Annual administration report of the Civil Veterinary Department of India - 1893-1894
Year: 1893
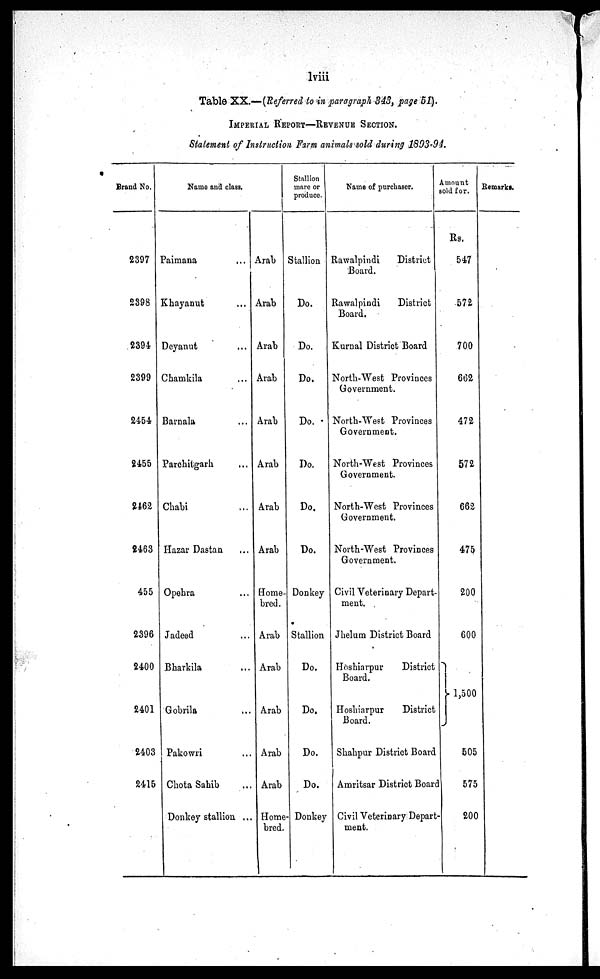
lviii
Table XX.—(Referred to in paragraph 343, page 51).
IMPERIAL REPORT––REVENUE SECTION.
Statement of Instruction Farm animals sold during 1893-94.
Brand No.
2397
2398
2394
2399
2454
2455
2462
2463
455
2396
2400
2401
2403
2415
Name and class.
Paimana ...
Khayanut ...
Deyanut ...
Chamkila ...
Barnala ...
Parchitgarh ...
Chabi ...
Hazar Dastan ...
Opehra ...
Jadeed ...
Bharkila ...
Gobrila ...
Pakowri ...
Chota Sahib ...
Donkey stallion ...
Arab
Arab
Arab
Arab
Arab
Arab
Arab
Arab
Home
bred.
Arab
Arab
Arab
Arab
Arab
Home-
bred.
Stallion
mare or
produce.
Stallion
Do.
Do.
Do.
Do.
Do.
Do.
Do.
Donkey
Stallion
Do.
Do.
Do.
Do.
Donkey
Name of purchaser.
Rawalpindi
District
Board.
Rawalpindi
District
Board.
Kurnal District Board
North-West Provinces
Government.
North-West Provinces
Government.
North-West Provinces
Government.
North-West Provinces
Government.
North-West Provinces
Government.
Civil Veterinary Depart-
ment.
Jhelum District Board
Hoshiarpur
District
Board.
Hoshiarpur
District
Board.
Shahpur District Board
Amritsar District Board
Civil Veterinary Depart-
ment.
Amount
sold for.
Rs.
547
572
700
662
472
572
662
475
200
600
1,500
505
575
200
Remarks.